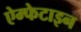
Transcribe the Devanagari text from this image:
ऐम्फेटाइन